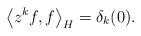
LaTeX: \begin{align*}\left< z^k f, f \right>_H = \delta_k (0).\end{align*}